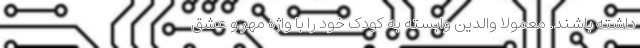
داشته باشند. معمولا والدین وابسته به کودک خود را با واژه مهر و عشق